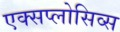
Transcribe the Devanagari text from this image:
एक्सप्लोसिव्स